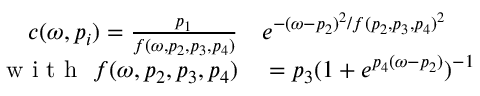
\begin{array} { r l } { c ( \omega , p _ { i } ) = \frac { p _ { 1 } } { f ( \omega , p _ { 2 } , p _ { 3 } , p _ { 4 } ) } } & { { } e ^ { - ( \omega - p _ { 2 } ) ^ { 2 } / f ( p _ { 2 } , p _ { 3 } , p _ { 4 } ) ^ { 2 } } } \\ { \mathrm { ~ w ~ i ~ t ~ h ~ } ~ f ( \omega , p _ { 2 } , p _ { 3 } , p _ { 4 } ) } & { { } = p _ { 3 } ( 1 + e ^ { p _ { 4 } ( \omega - p _ { 2 } ) } ) ^ { - 1 } } \end{array}